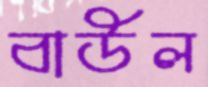
বাউল